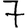
Digit: 7